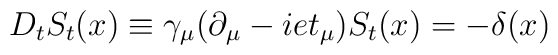
D_tS_t(x)\equiv \gamma_{\mu}(\partial_{\mu}-iet_{\mu})S_t(x)=-\delta (x)